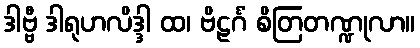
ဒါဗ္ဗီ ဒါရုဟလိဒ္ဒါ ထ၊ ဗိဠင်္ဂံ စိတြတဏ္ဍုလာ။